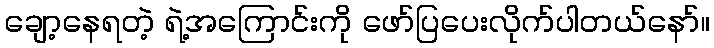
ချော့နေရတဲ့ ရဲ့အကြောင်းကို ဖော်ပြပေးလိုက်ပါတယ်နော်။